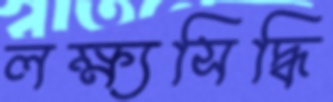
লক্ষ্যসিদ্ধি